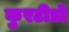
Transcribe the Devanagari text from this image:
कुरटीडो